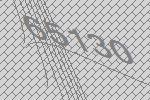
65130